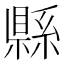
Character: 縣